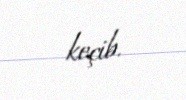
keçib.